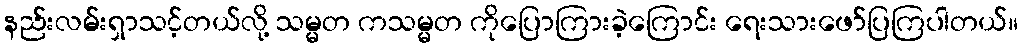
နည်းလမ်းရှာသင့်တယ်လို့ သမ္မတ ကသမ္မတ ကိုပြောကြားခဲ့ကြောင်း ရေးသားဖော်ပြကြပါတယ်။